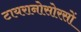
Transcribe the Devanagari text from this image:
टायरानोसोरसों